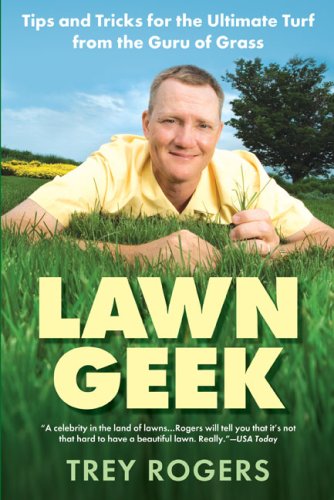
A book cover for Lawn Geek: Tips and Tricks for the Ultimate Turf From the Guru of Grass; Trey Rogers; Crafts, Hobbies & Home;